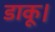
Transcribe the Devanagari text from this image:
डाकू।